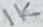
Text: 1K